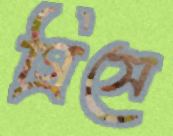
গ্রিসে